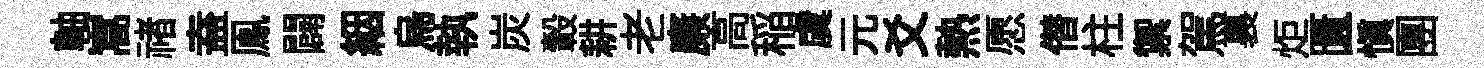
軸嵩禇盍鳯闢絪烏執炭轂耕老廉高稲虞元爻熱愿僣柱禦駕裏炬匱慎團